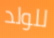
للولد